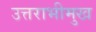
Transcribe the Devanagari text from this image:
उत्तराभीमुख